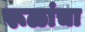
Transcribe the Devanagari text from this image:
रूळांचा